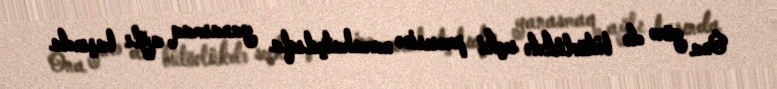
Ona görə də bütövlükdə seçki prosesinə narahatçılıqla yanasmaq ağlı başında